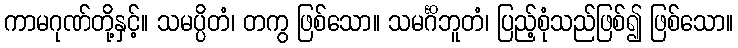
ကာမဂုဏ်တို့နှင့်။ သမပ္ပိတံ၊ တကွ ဖြစ်သော။ သမင်္ဂိဘူတံ၊ ပြည့်စုံသည်ဖြစ်၍ ဖြစ်သော။